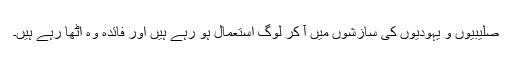
صلیبیوں و یہودیوں کی سازشوں میں آ کر لوگ استعمال ہو رہے ہیں اور فائدہ وہ اٹھا رہے ہیں۔